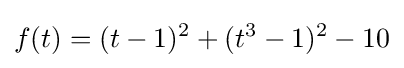
f(t)=(t-1)^{2}+(t^{3}-1)^{2}-10